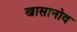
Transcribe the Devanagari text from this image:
खासानोव